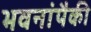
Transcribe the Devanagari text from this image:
भवनांपैकी